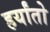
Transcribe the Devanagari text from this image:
हर्यांतो